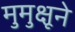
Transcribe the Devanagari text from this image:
मुमुक्षूने